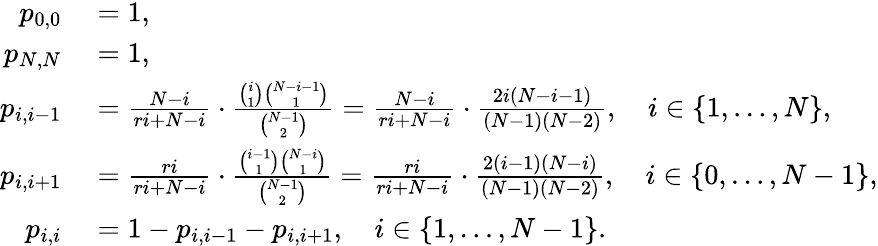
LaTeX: \begin{array}{rl}{p_{0,0}}&{{}=1,}\\ {p_{N,N}}&{{}=1,}\\ {p_{i,i-1}}&{{}=\frac{N-i}{ri+N-i}\cdot\frac{\binom{i}{1}\binom{N-i-1}{1}}{\binom{N-1}{2}}=\frac{N-i}{ri+N-i}\cdot\frac{2i(N-i-1)}{(N-1)(N-2)},\quad i\in\{ 1,\ldots,N\} ,}\\ {p_{i,i+1}}&{{}=\frac{ri}{ri+N-i}\cdot\frac{\binom{i-1}{1}\binom{N-i}{1}}{\binom{N-1}{2}}=\frac{ri}{ri+N-i}\cdot\frac{2(i-1)(N-i)}{(N-1)(N-2)},\quad i\in\{ 0,\ldots,N-1\} ,}\\ {p_{i,i}}&{{}=1-p_{i,i-1}-p_{i,i+1},\quad i\in\{ 1,\ldots,N-1\} .}\end{array}